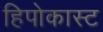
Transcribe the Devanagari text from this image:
हिपोकास्ट